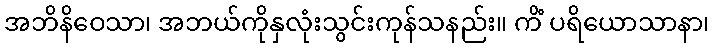
အဘိနိဝေသာ၊ အဘယ်ကိုနှလုံးသွင်းကုန်သနည်း။ ကိံ ပရိယောသာနာ၊